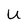
Character: U